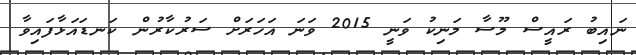
ނައިބު ރައީސް މޫސާ މަނިކު ވަނީ 2015 ވަނަ އަހަރަށް ސަރުކާރުން ކަނޑައަޅާފައިވާ